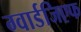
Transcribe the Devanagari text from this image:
ग्वार्डजिएफ